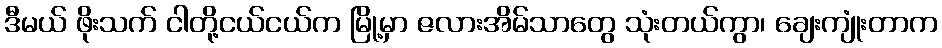
ဒီမယ် ဖိုးသက် ငါတို့ငယ်ငယ်က မြို့မှာ ဇလားအိမ်သာတွေ သုံးတယ်ကွာ၊ ချေးကျုံးတာက